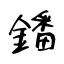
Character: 鐇